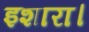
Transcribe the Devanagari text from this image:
इशारा।